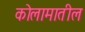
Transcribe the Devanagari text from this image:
कोलामातील